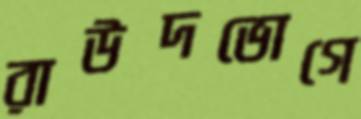
রাউদভোগে